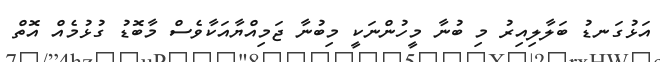
އަޅުގަނޑު ބަލާލިއިރު މި ބުނާ މީހުންނަކީ މިބުނާ ޖަމިއްޔާއަކާވެސް މާބޮޑު ގުޅުމެއް އޮތް